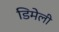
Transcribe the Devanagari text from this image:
डिमेली